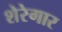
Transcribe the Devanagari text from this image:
शेरेगार